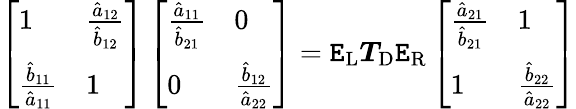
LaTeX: \left[\begin{array}{ll}{1}&{\frac{\hat{a}_{12}}{\hat{b}_{12}}}\\ {\frac{\hat{b}_{11}}{\hat{a}_{11}}}&{1}\end{array}\right]\left[\begin{array}{ll}{\frac{\hat{a}_{11}}{\hat{b}_{21}}}&{0}\\ {0}&{\frac{\hat{b}_{12}}{\hat{a}_{22}}}\end{array}\right]=\boldsymbol{\mathtt{E}}_{\mathrm{{L}}}\boldsymbol{T}_{\mathrm{{D}}}\boldsymbol{\mathtt{E}}_{\mathrm{{R}}}\left[\begin{array}{ll}{\frac{\hat{a}_{21}}{\hat{b}_{21}}}&{1}\\ {1}&{\frac{\hat{b}_{22}}{\hat{a}_{22}}}\end{array}\right]